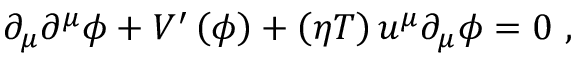
\partial _ { \mu } \partial ^ { \mu } \phi + V ^ { \prime } \left( \phi \right) + \left( \eta T \right) u ^ { \mu } \partial _ { \mu } \phi = 0 \ ,